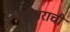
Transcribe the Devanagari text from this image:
शनैश्वराची